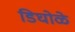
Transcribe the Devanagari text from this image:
डिघोळे